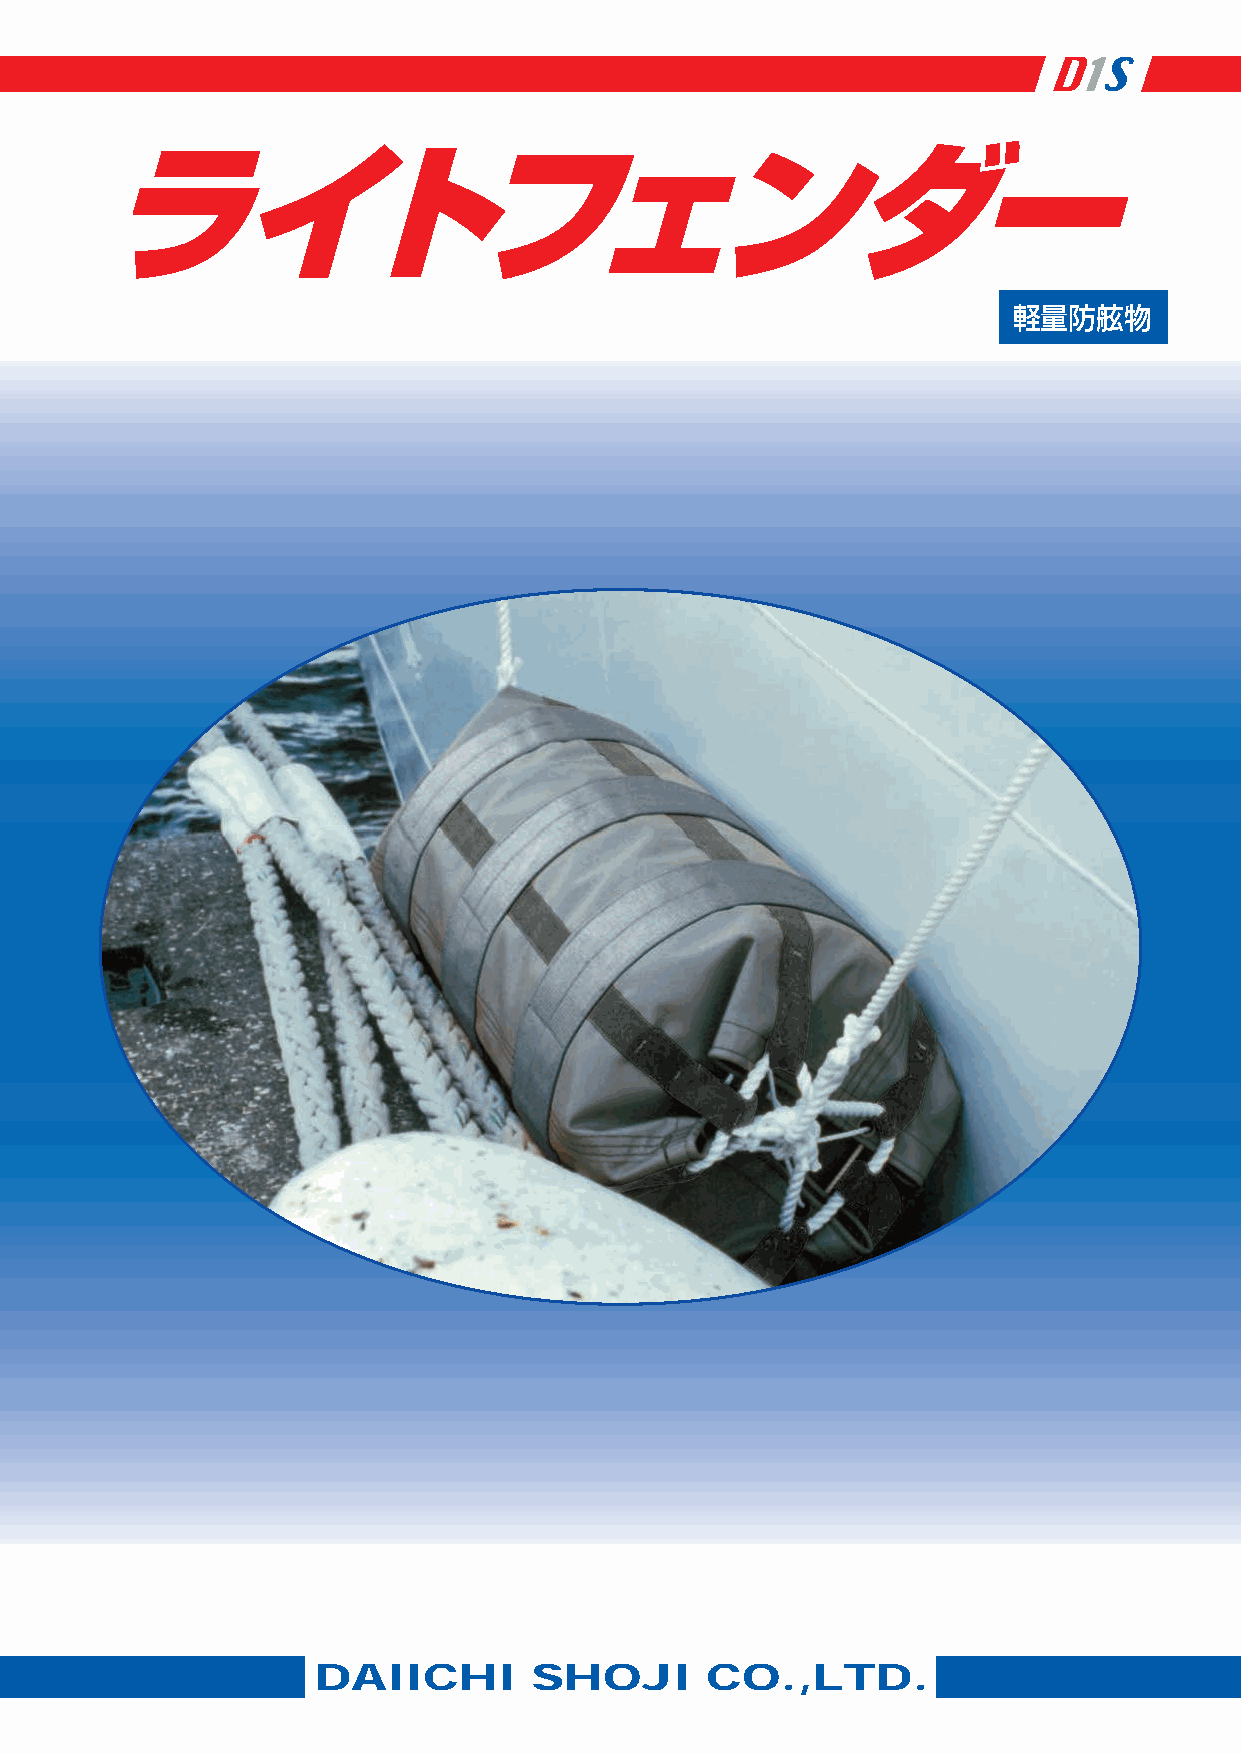
D1S
 ライトフェンダー
 軽量防舷物
 取扱い上の注意
 1）この製品は記載されました様な性能を有しておりますが、実用に際しましては、事前に適正テストを経てご採
 用くださるようお願い致します。
 2）この製品は直接火気にさらすと木材、繊維などと同様に燃焼しますので、火気には十分ご注意ください。
 3）本紙に掲載の規格、仕様、外観などは商品改良などの為、お断わりなく変更することがあります。
 製 造 元 京 葉 製 鎖（株）
 ファブリック事業部
 〒277-0871 千葉県柏市若柴303-5
 TEL 04-7157-4691
 総発売元 第一商事（株）
 〒130-0002 東京都墨田区業平2-12-5（第一ビル）
 DAIICHI       SHOJI       CO.,LTD.
 TEL 03-3625-0541（代）FAX 03-3625-0617